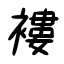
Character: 褸